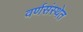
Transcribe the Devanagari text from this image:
वर्णसंस्थेत